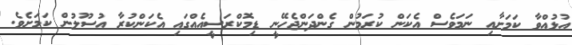
އުޅުއްވާ ކަމަށާއި ނަމަވެސް އެކަން ކުރަމުން ގެންދަންޖެހޭނީ ޑިމޮކްރަސީއެއްގައި އެކަންކުރާ އުސޫލުން ކަމަށެވެ.